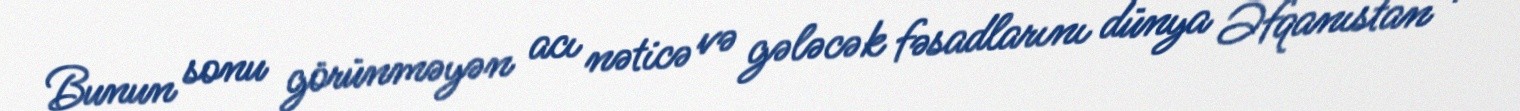
Bunun sonu görünməyən acı nəticə və gələcək fəsadlarını dünya Əfqanıstan və